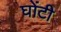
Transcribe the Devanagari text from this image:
घोंटी